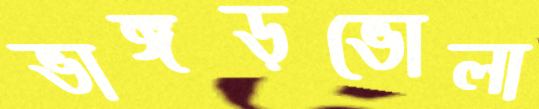
ভাঙ্গড়ভোলা